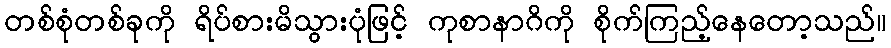
တစ်စုံတစ်ခုကို ရိပ်စားမိသွားပုံဖြင့် ကုစာနာဂိကို စိုက်ကြည့်နေတော့သည်။